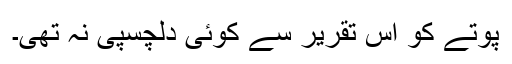
پوتے کو اس تقریر سے کوئی دلچسپی نہ تھی۔